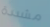
مشددة